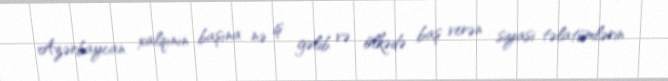
Azərbaycan xalqının başına nə iş gəlib və ölkədə baş verən siyasi təlatümlərin